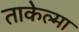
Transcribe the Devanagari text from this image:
ताकेल्मा